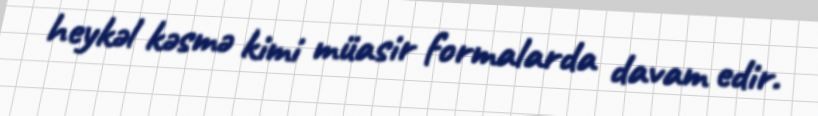
heykəl kəsmə kimi müasir formalarda davam edir.